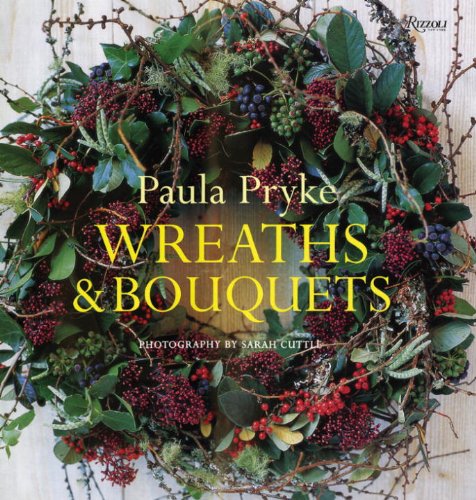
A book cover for Wreaths & Bouquets; Paula Pryke; Crafts, Hobbies & Home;